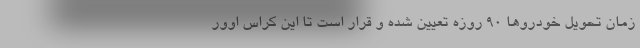
زمان تحویل خودروها ۹۰ روزه تعیین شده و قرار است تا این کراس اوور